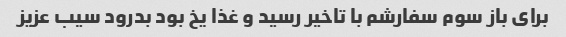
برای باز سوم سفارشم با تاخیر رسید و غذا یخ بود بدرود سیب عزیز